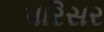
પરિસર